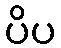
ပိပ